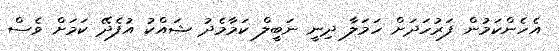
އެހެންކަމުން ފަރުހަދަށް ހަމަލާ ދިނީ ނަބީލް ކަމާމެދު ޝައްކު އުފެދޭ ކަމަށް ވެސް